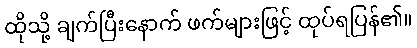
ထိုသို့ ချက်ပြီးနောက် ဖက်များဖြင့် ထုပ်ရပြန်၏။